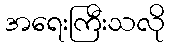
အရေးကြီးသလို